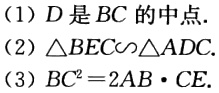
(1) \(D\)是\(BC\)的中点.

(2) \(\triangle BEC\sim\triangle ADC\)

(3) \(BC^{2}=2AB\cdot CE\)